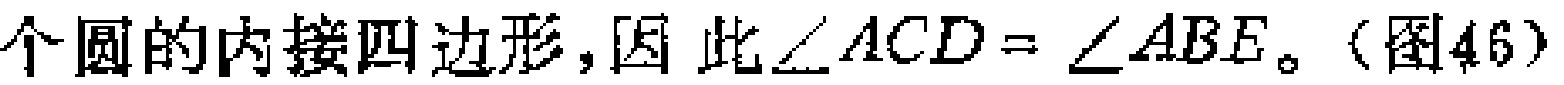
个圆的内接四边形,因此\(\angle ACD = \angle ABE\)。(图46)